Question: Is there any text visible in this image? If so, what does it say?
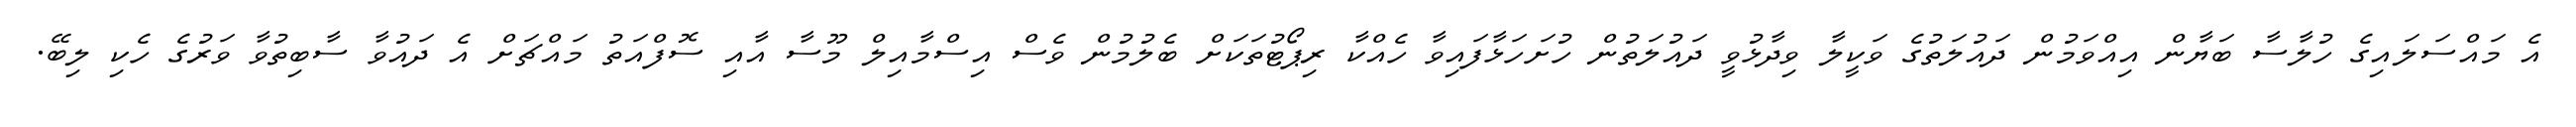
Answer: އެ މައްސަލައިގެ ހުލާސާ ބަޔާން އިއްވަމުން ދައުލަތުގެ ވަކީލާ ވިދާޅުވީ ދައުލަތުން ހުށަހަޅާފައިވާ ހެއްކާ ރިޕޯޓުތަކަށް ބެލުމުން ވެސް އިސްމާއިލް މޫސާ އާއި ސޮފްއަތު މައްޗަށް އެ ދައުވާ ސާބިތުވާ ވަރުގެ ހެކި ލިބޭ.